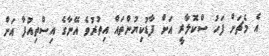
އެ މެޗަށް ފަހު ސްކޮލާރީ އަށް ފާޑުކިޔުންތައް އިތުރުވެ އޭނާގެ އިސްތިއުފާ އަށް